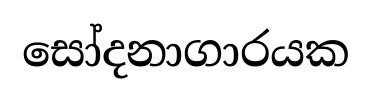
සෝදනාගාරයක